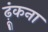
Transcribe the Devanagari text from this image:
ढ़ूंकना